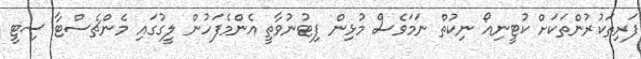
ފަރިތަކުރުންތަކަށް ކުޓީނިއޯ ނިކުތް ނަމަވެސް މުޅިން ފިޓުނުވާތީ އެންމެފަހުން ލީގުގައި މެންޗެސްޓާ ސިޓީ